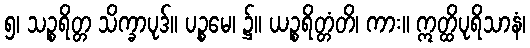
၅၊ သဉ္စရိတ္တ သိက္ခာပုဒ်။ ပဉ္စမေ၊ ၌။ ယဉ္စရိတ္တံတိ၊ ကား။ ဣတ္ထိပုရိသာနံ၊